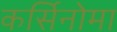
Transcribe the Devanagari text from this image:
कर्सिनोमा